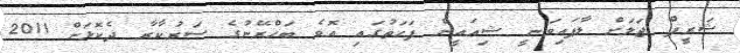
ޝަރީފް ޖަލަށް ލާފައިވަނީ ޝިޢައީން ފަހަތުގައި އޮވެ ބަޙްރޭނުގެ ސަރުކާރާ ދެކޮޅަށް 2011